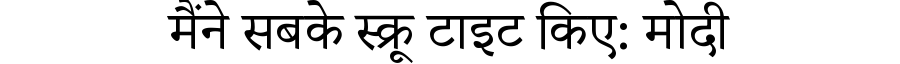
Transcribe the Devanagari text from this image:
मैंने सबके स्क्रू टाइट किए: मोदी